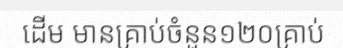
ដើម មានគ្រាប់ចំនួន១២០គ្រាប់